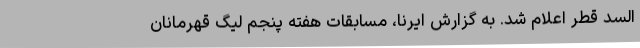
السد قطر اعلام شد. به گزارش ایرنا، مسابقات هفته پنجم لیگ قهرمانان